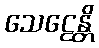
သေဠေန္တိ